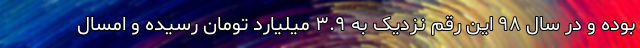
بوده و در سال ۹۸ این رقم نزدیک به ۳.۹ میلیارد تومان رسیده و امسال